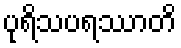
ပုရိသပရဿာတိ